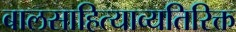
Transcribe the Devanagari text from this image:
बालसाहित्याव्यतिरिक्त